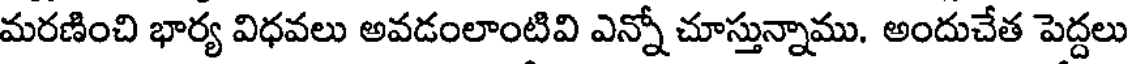
మరణించి భార్య విధవలు అవడంలాంటివి ఎన్నో చూస్తున్నాము. అందుచేత పెద్దలు